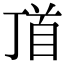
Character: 𩠑